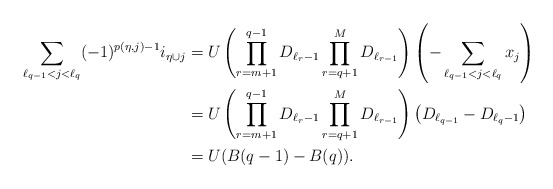
\begin{align*}\sum_{ \ell_{q-1}<j <\ell_q} (-1)^{p(\eta,j)-1} i_{\eta \cup j}&= U\left(\prod_{r=m+1}^{q-1}{D_{\ell_{r}-1}} \prod_{r=q+1}^{M}{D_{\ell_{r-1}}}\right)\left(-\sum_{\ell_{q-1}<j<\ell_q}{x_{j}}\right) \\&= U\left(\prod_{r=m+1}^{q-1}{D_{\ell_{r}-1}} \prod_{r=q+1}^{M}{D_{\ell_{r-1}}}\right)\left(D_{\ell_{q-1}}-D_{\ell_q-1}\right) \\&= U(B(q-1)-B(q)). \end{align*}